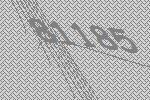
81185